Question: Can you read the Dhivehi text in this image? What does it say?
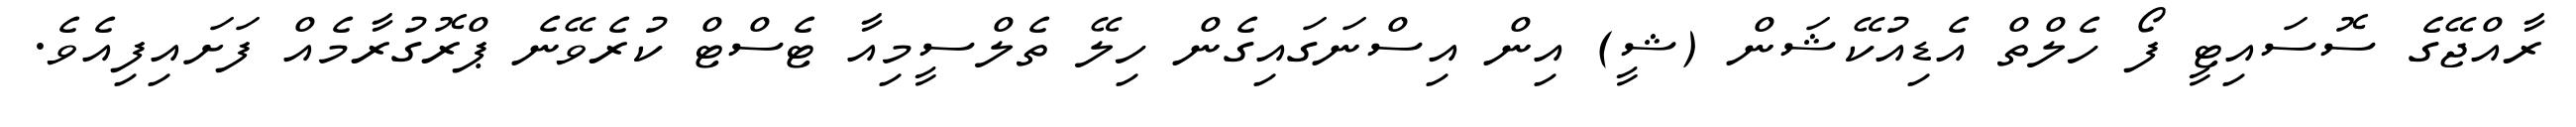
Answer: ރާއްޖޭގެ ސޮސައިޓީ ފޯ ހެލްތް އެޑިއުކޭޝަން (ޝީ) އިން އިސްނަގައިގެން ހިލޭ ތެލްސީމިއާ ޓެސްޓް ކުރެވޭނެ ޕްރޮގުރާމެއް ފަށައިފިއެވެ.